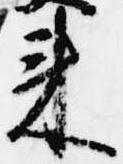
来